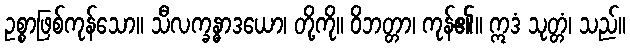
ဥစ္စာဖြစ်ကုန်သော။ သီလက္ခန္ဓာဒယော၊ တို့ကို။ ဝိဘတ္တာ၊ ကုန်၏။ ဣဒံ သုတ္တံ၊ သည်။